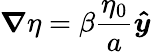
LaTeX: \boldsymbol{\nabla}\eta=\beta\frac{\eta_{0}}{a}\boldsymbol{\hat{y}}